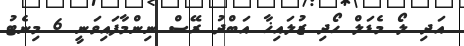
އަދި ލޯ މެޑަލް ހޯދި ޒުލައިޚާ އަބްދު ރޭސް ނިންމާފައިވަނީ 6 މިނެޓު